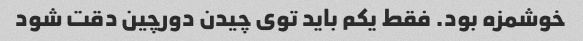
خوشمزه بود. فقط یکم باید توی چیدن دورچین دقت شود